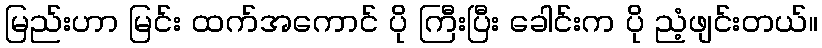
မြည်းဟာ မြင်း ထက်အကောင် ပို ကြီးပြီး ခေါင်းက ပို ညံ့ဖျင်းတယ်။